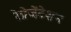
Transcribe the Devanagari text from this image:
रेप्रेजेंटेशन